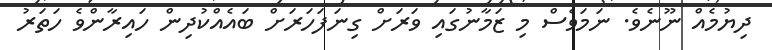
ދިޔުމެއް ނޫނެވެ. ނަމަވެސް މި ޒަމާނުގައި ވަރަށް ގިނަފަހަރަށް ބައެއްކުދިން ހައިރާންވެ ހަތަރު